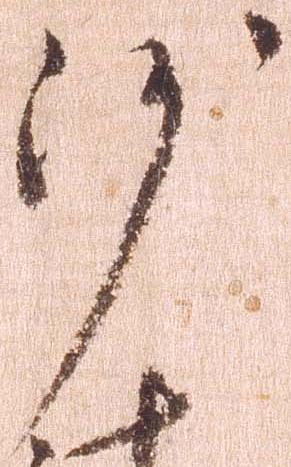
沙